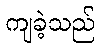
ကျခဲ့သည်